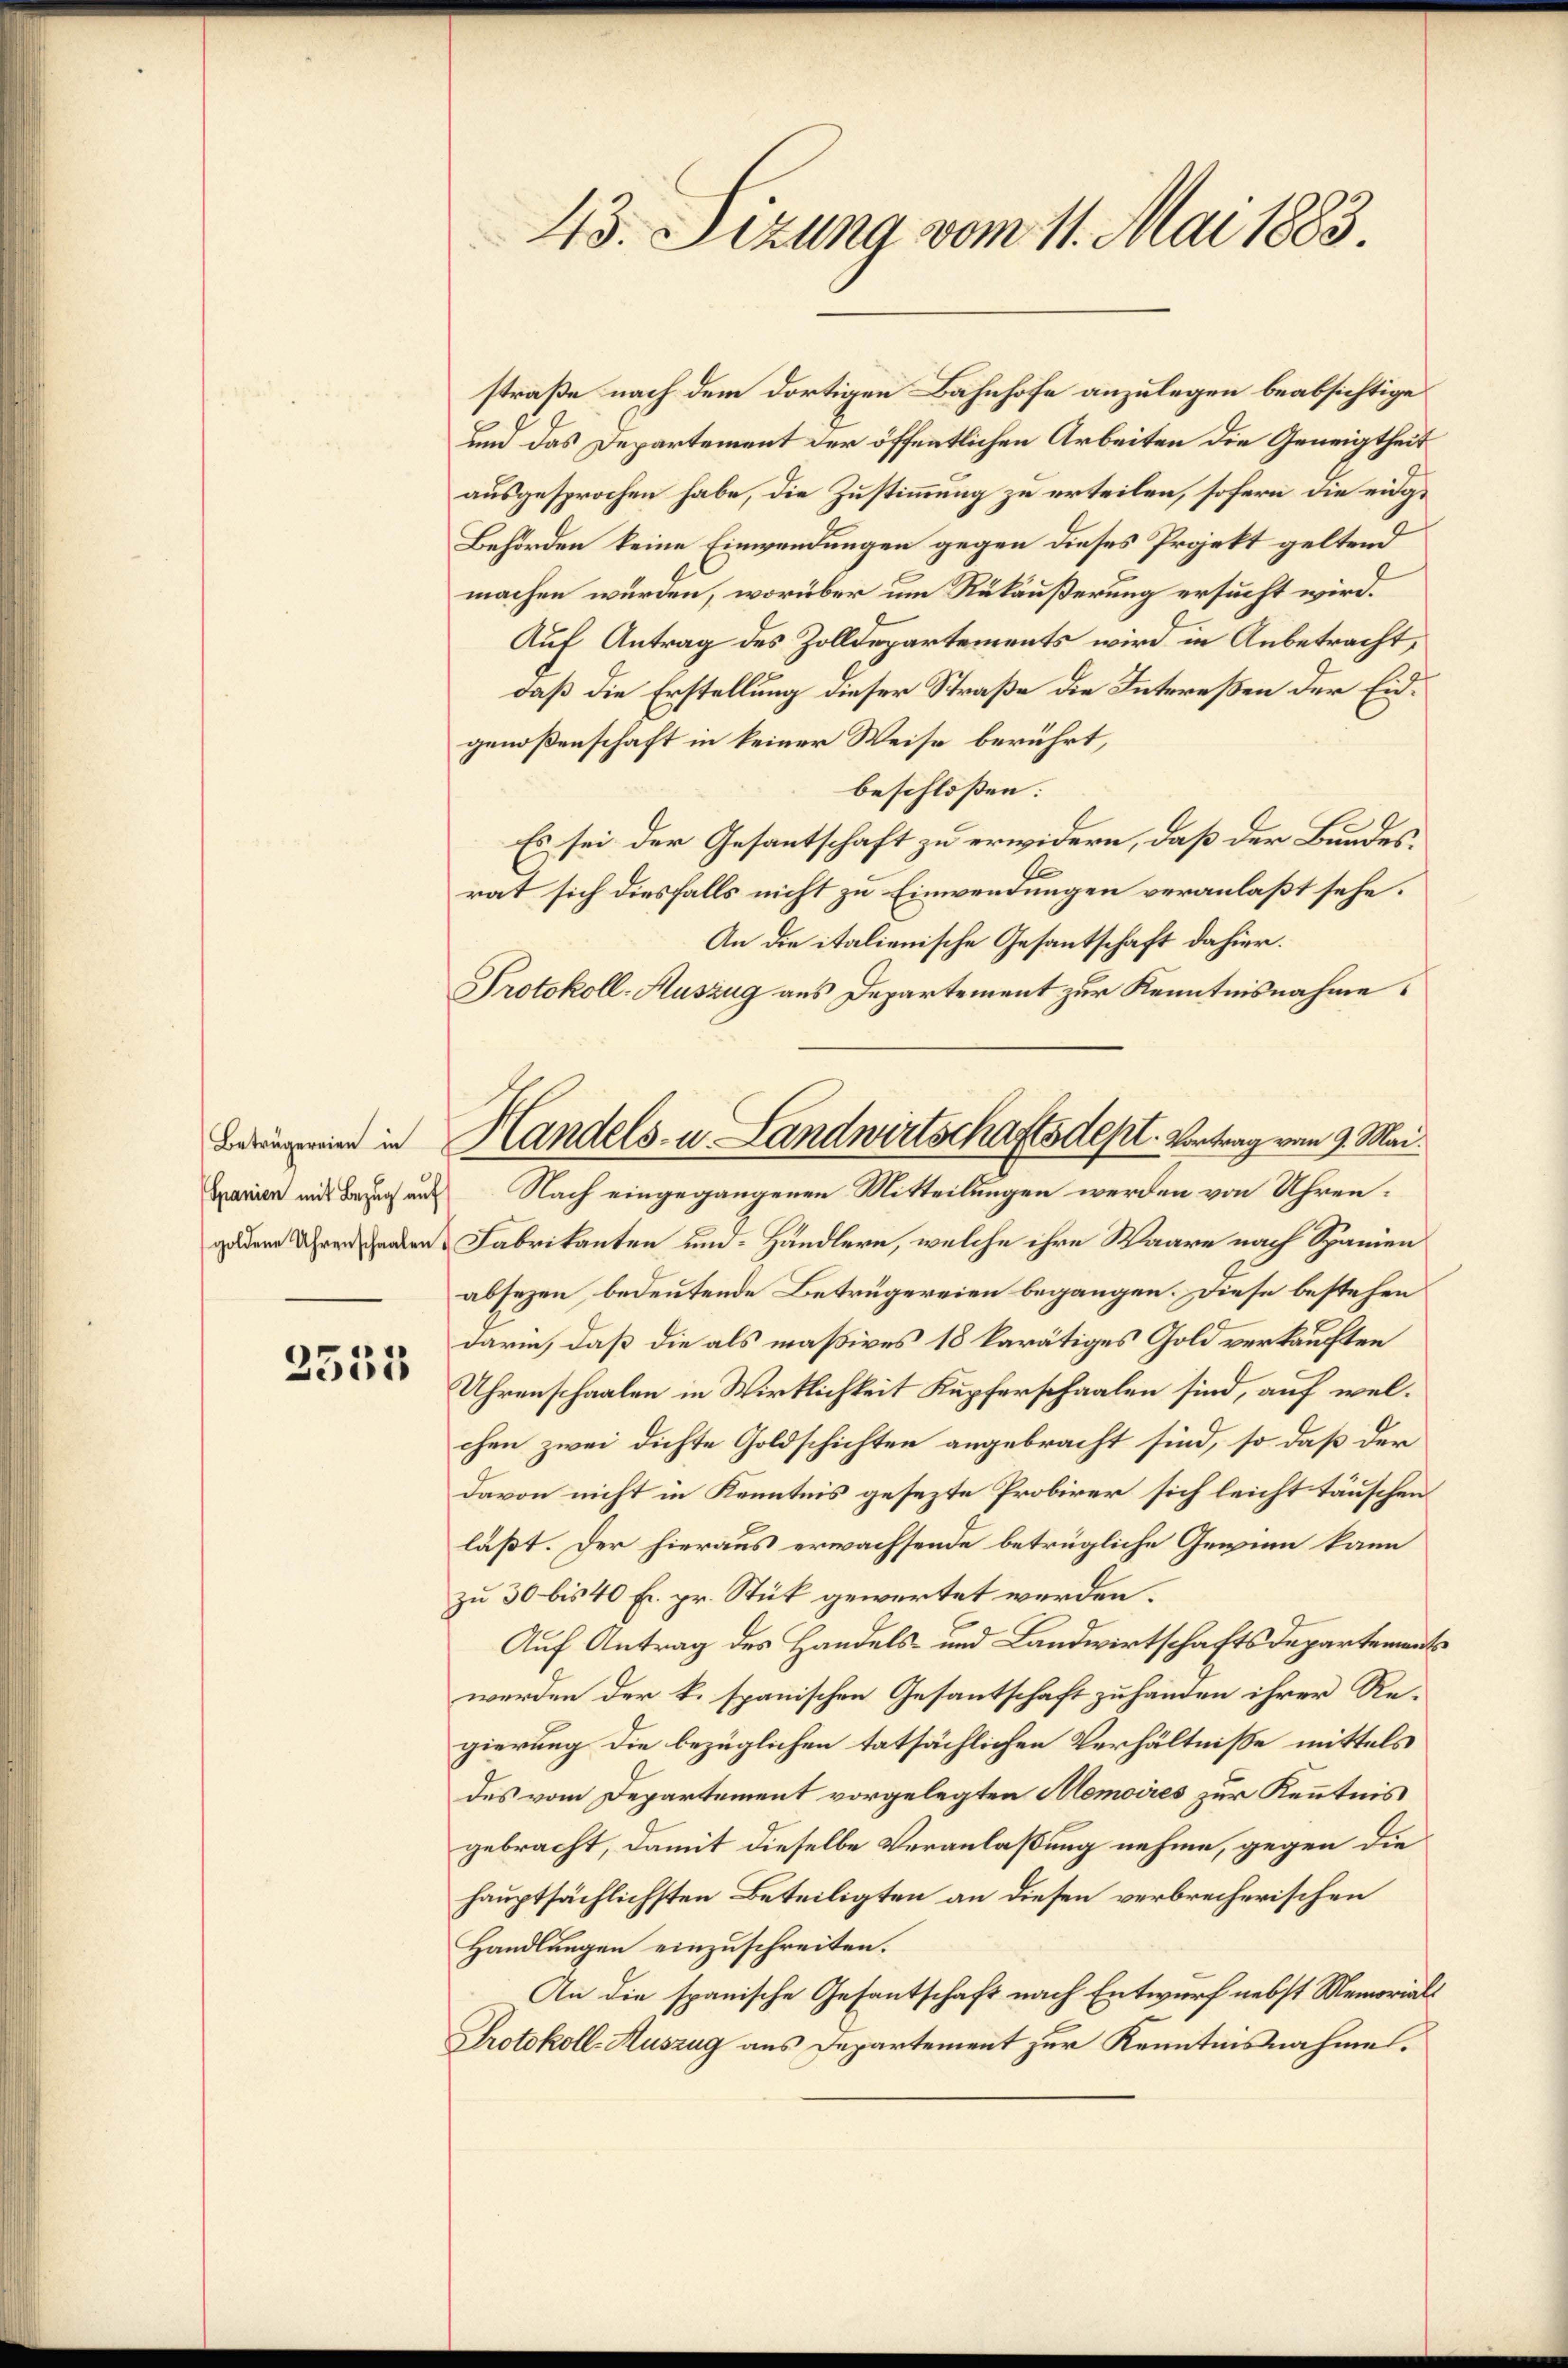
Beträgereien in

2555

43. Sezung vom 11. Mai 1883.

straße nach dem dortigen Bahnhofe anzulegen beabsichtige
um das Departement der öffentlichen Arbeiten die Geneigtheit
ausgesprochen habe, die Zustimmung zu erteilen, sofern die eidg¬
Behörden keine Einwendungen gegen dieses Projekt geltend
machen wurden, worüber um Rükäußerung ersucht wird.
Auf Antrag des Zolldepartements wird in Anbetracht,
daß die Erstellung dieser Straße die Intereßen der Eidgenoßenschaft in keiner Weise berührt,
beschlossen:
Es sei der Gesantschaft zu erwidern, daß der Bundesrat sich diesfalls nicht zu Einwendungen veranlaßt sehe.
An die italienische Gesantschaft dahier.
Protokoll-Auszug aus Departement zur Kenntnisnahme.
gadene Uhrendenden Fabrikanten und Händlern, welche ihre Waare nach Spanien
absezen, bedeutende Betrügereien begangen. Diese bestehen
darin, daß die als maßives 18 karätiges Gold verkauften
Uhrenschaalen in Wirklichkeit Kupferschaalen sind, auf welchen zwei dichte Goldschichten angebracht sind, so daß der
davon nicht in Kenntnis gesezte Probirer sich leicht täuschen
läßt. Der hieraus erwachsende betrügliche Gewinn kann
zu 30 bis 40 Fr. pr. Stück gewartet werden.
Auf Antrag des Handels- und Landwirtschaftsdepartement
werden der k. spanischen Gesantschaft zuhänden ihrer Regierung die bezüglichen tatsächlichen Verhältnisse mittels
des vom Departement vorgelegten Memoires zur Kenntnis
gebracht, damit dieselbe Veranlaßung nehme, gegen die
hauptsächlichsten Beteiligten an diesen verbrecherischen
Handlungen einzuschreiten.
An die spanische Gesantschaft nach Entwurf nebst Memorials
Protokoll-Auszug aus Departement zur Kenntnisnahme.

Handels- u. Landwirtschaftsdept. Vortrag vom 9. Mai.
Bavier mit Bezug aus Nach eingegangenen Mitteilungen werden von Uhren¬